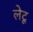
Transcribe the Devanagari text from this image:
लेटू